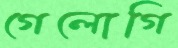
গেলোগি